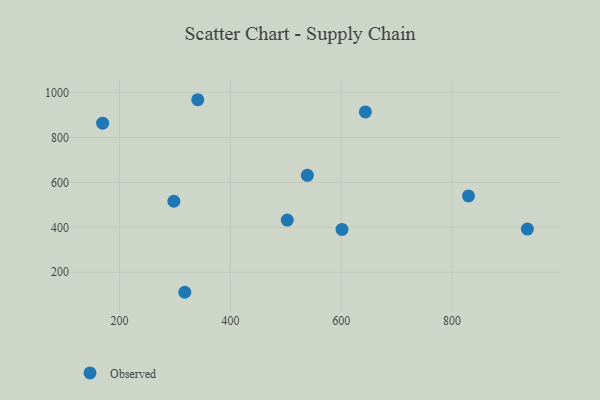
{"axis": {"x": "Experience", "y": "Profit"}, "legend": ["Observed"], "data": [{"x": "317.7", "y": 110.9, "type": "Observed"}, {"x": "169.4", "y": 863.4, "type": "Observed"}, {"x": "936.1", "y": 392.0, "type": "Observed"}, {"x": "829.8", "y": 539.4, "type": "Observed"}, {"x": "539.0", "y": 631.4, "type": "Observed"}, {"x": "341.1", "y": 967.6, "type": "Observed"}, {"x": "298.0", "y": 515.9, "type": "Observed"}, {"x": "601.5", "y": 390.5, "type": "Observed"}, {"x": "643.7", "y": 913.5, "type": "Observed"}, {"x": "502.7", "y": 432.0, "type": "Observed"}]}